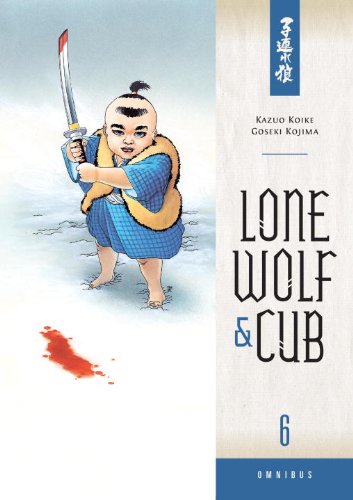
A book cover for Lone Wolf and Cub Omnibus Volume 6; Kazuo Koike; Comics & Graphic Novels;